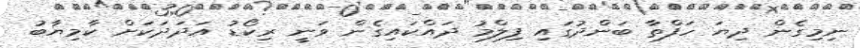
ނިމިގެން ދިޔަ ހަފްތާ ބަންދުގައި ފިލްމު ދައްކައިގެން ވަނީ ރިކޯޑު އަދަދަކަށް ކާމިޔާބު